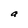
Character: a